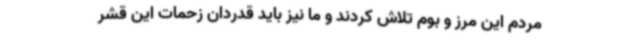
مردم این مرز و بوم تلاش کردند و ما نیز باید قدردان زحمات این قشر